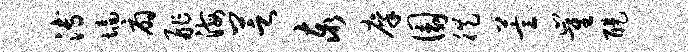
溥墙扇舴海芝泰廪圜徙萱崔醍